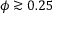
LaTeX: \phi \gtrsim 0 . 2 5